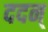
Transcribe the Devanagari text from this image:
ददन्